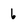
Character: 6